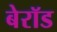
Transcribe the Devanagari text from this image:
बेरॉड